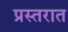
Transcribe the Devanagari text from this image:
प्रस्तरात